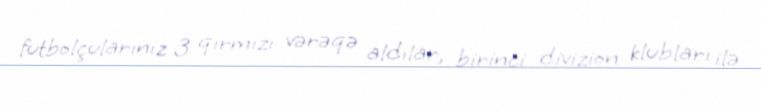
futbolçularınız 3 qırmızı vərəqə aldılar, birinci divizion klubları ilə